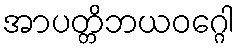
အာပတ္တိဘယဝဂ္ဂေါ